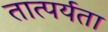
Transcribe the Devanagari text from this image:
तात्पर्यता